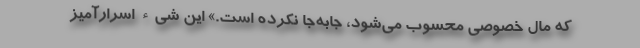
که مال خصوصی محسوب می‌شود، جابه‌جا نکرده است.» این شیء اسرارآمیز